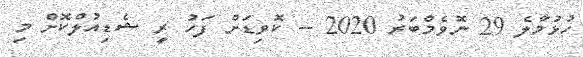
ހުޅުމާލެ 29 ނޮވެމްބަރު 2020 -- ކޮވިޑަށް ފަހު ރީ ޝެޑިއުލްކޮށް މި